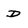
Character: D